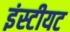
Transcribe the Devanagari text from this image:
इंस्टीयट